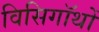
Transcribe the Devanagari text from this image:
विसिगॉथों